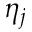
\eta _ { j }